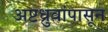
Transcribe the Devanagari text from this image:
अष्टध्रुवांपासून